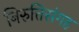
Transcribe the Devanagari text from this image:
निरुत्तिसंगह